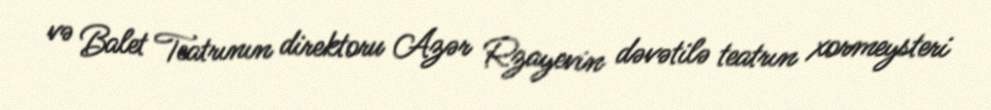
və Balet Teatrının direktoru Azər Rzayevin dəvətilə teatrın xormeysteri